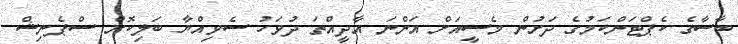
ބާސާގެ ކެޕްޓަންކަމުގެ ދަށުން މެސީއަށް އަންނަ އާދީއްތަ ދުވަހު ސެވިއްޔާ ބަލިކޮށް ސްޕެނިޝް